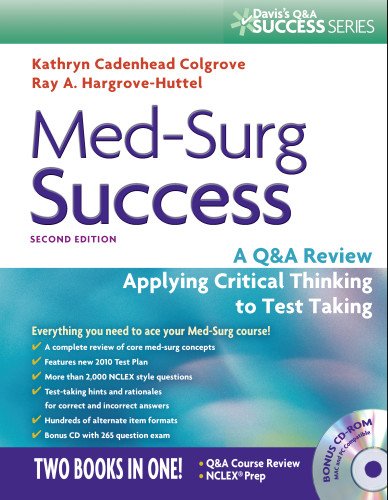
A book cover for Med-Surg Success: A Q&A Review Applying Critical Thinking to Test Taking (Davis's Q&a Series); Kathryn Colgrove; Test Preparation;